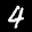
Label: 4